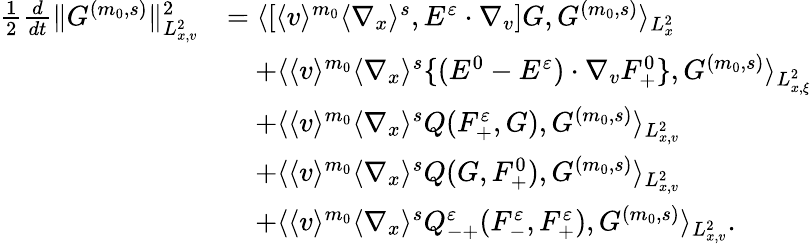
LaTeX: \begin{array}{rl}{\frac{1}{2}\frac{d}{dt}\| G^{(m_{0},s)}\| _{L_{x,v}^{2}}^{2}}&{=\langle[\langle v\rangle^{m_{0}}\langle\nabla_{x}\rangle^{s},E^{\varepsilon}\cdot\nabla_{v}]G,G^{(m_{0},s)}\rangle_{L_{x}^{2}}}\\ &{\quad+\langle\langle v\rangle^{m_{0}}\langle\nabla_{x}\rangle^{s}\{ (E^{0}-E^{\varepsilon})\cdot\nabla_{v}F_{+}^{0}\} ,G^{(m_{0},s)}\rangle_{L_{x,\xi}^{2}}}\\ &{\quad+\langle\langle v\rangle^{m_{0}}\langle\nabla_{x}\rangle^{s}Q(F_{+}^{\varepsilon},G),G^{(m_{0},s)}\rangle_{L_{x,v}^{2}}}\\ &{\quad+\langle\langle v\rangle^{m_{0}}\langle\nabla_{x}\rangle^{s}Q(G,F_{+}^{0}),G^{(m_{0},s)}\rangle_{L_{x,v}^{2}}}\\ &{\quad+\langle\langle v\rangle^{m_{0}}\langle\nabla_{x}\rangle^{s}Q_{-+}^{\varepsilon}(F_{-}^{\varepsilon},F_{+}^{\varepsilon}),G^{(m_{0},s)}\rangle_{L_{x,v}^{2}}.}\end{array}